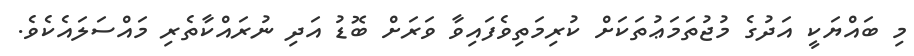
މި ބައްޔަކީ އަދުގެ މުޖުތަމަޢުތަކަށް ކުރިމަތިވެފައިވާ ވަރަށް ބޮޑު އަދި ނުރައްކާތެރި މައްސަލައެކެވެ.